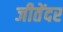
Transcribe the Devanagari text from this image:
जीतेंदर